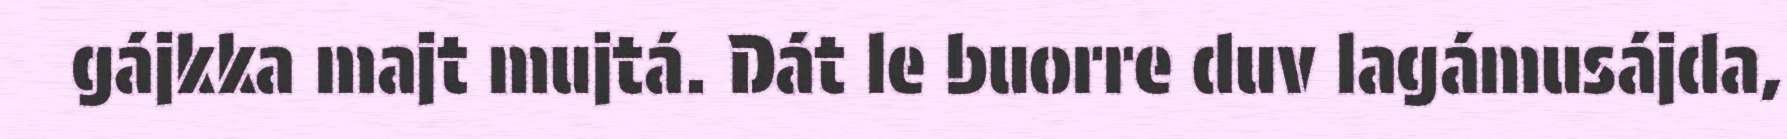
gájkka majt mujtá. Dát le buorre duv lagámusájda,